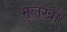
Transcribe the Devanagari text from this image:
भूलेखों